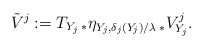
\begin{align*}\tilde{V}^j := T_{Y_j\; *}\eta_{Y_j,\delta_j(Y_j)/\lambda\; *} V^j_{Y_j}.\end{align*}